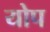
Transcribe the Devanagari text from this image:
योप